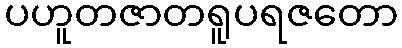
ပဟူတဇာတရူပရဇတော